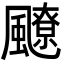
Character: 飉